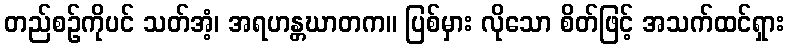
တည်စဉ်ကိုပင် သတ်အံ့၊ အရဟန္တဃာတက။ ပြစ်မှား လိုသော စိတ်ဖြင့် အသက်ထင်ရှား